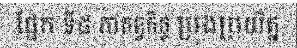
ផ្នែក ទី៥ កាតព្វកិច្ច ប្រុងប្រយ័ត្ន